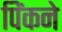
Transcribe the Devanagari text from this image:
पिंकने